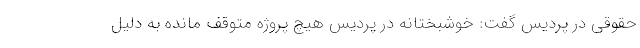
حقوقی در پردیس گفت: خوشبختانه در پردیس هیچ پروژه متوقف مانده به دلیل